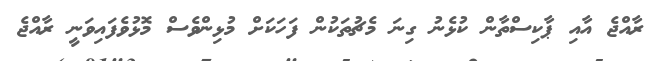
ރާއްޖެ އާއިި ޕާކިސްތާން ކުޅެނު ގިނަ މެޗުތަކުން ފަހަކަށް މުޅިންވެސް މޮޅުވެފައިވަނީ ރާއްޖެ